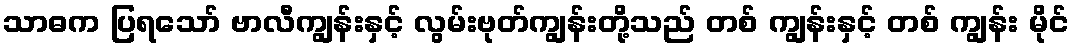
သာဓက ပြရသော် ဗာလီကျွန်းနှင့် လွမ်းဗုတ်ကျွန်းတို့သည် တစ် ကျွန်းနှင့် တစ် ကျွန်း မိုင်